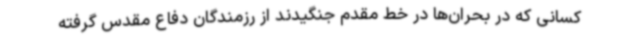
کسانی که در بحران‌ها در خط مقدم جنگیدند از رزمندگان دفاع مقدس گرفته